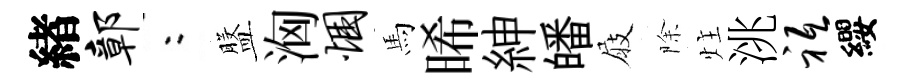
緖鄣欸盤洶悃馬晞紳皤屐除炷洮祗纓